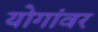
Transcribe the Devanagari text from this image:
योगांवर